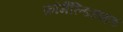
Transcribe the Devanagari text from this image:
फ़ॉर्मैल्डिहाइड